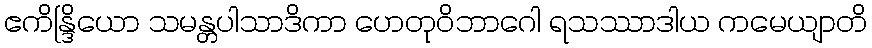
ဧကိန္ဒြိယော သမန္တပါသာဒိကာ ဟေတုဝိဘာဂေါ ရသဿာဒါယ ကမေယျာတိ